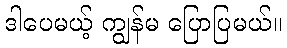
ဒါပေမယ့် ကျွန်မ ပြောပြမယ်။